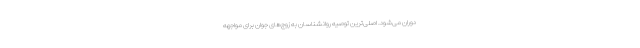
دوران می‌شود. اصلی‌ترین توصیه روانشناسان به زوج‌های جوان برای مواجهه